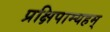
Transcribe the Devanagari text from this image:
प्रक्षिपाम्यहम्